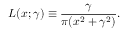
L ( x ; \gamma ) \equiv { \frac { \gamma } { \pi ( x ^ { 2 } + \gamma ^ { 2 } ) } } .